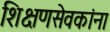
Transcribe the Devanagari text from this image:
शिक्षणसेवकांना